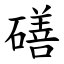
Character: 磰